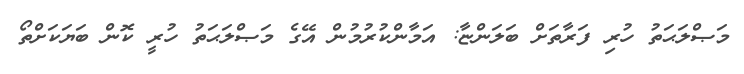
މަޞްލަޙަތު ހުރި ފަރާތަށް ބަލަންޏާ: އަމާންކުރުމުން އޭގެ މަޞްލަޙަތު ހުރީ ކޮން ބަޔަކަށްތޯ